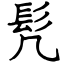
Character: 髠